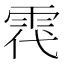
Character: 𩂠